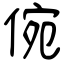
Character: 倇